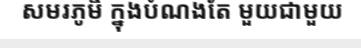
សមរភូមិ ក្នុងបំណងតែ មួយជាមួយ